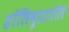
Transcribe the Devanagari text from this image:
हॉलिवुडातील